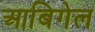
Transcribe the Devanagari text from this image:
आबिगेल